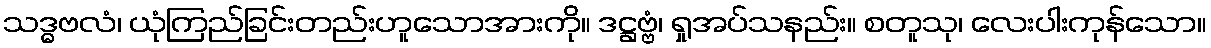
သဒ္ဓဗလံ၊ ယုံကြည်ခြင်းတည်းဟူသောအားကို။ ဒဋ္ဌဗ္ဗံ၊ ရှုအပ်သနည်း။ စတူသု၊ လေးပါးကုန်သော။